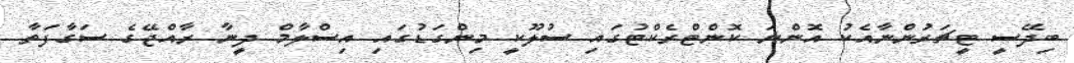
ބިދޭސީ ޓީޗަރުންނާއެކު އޮންނަ ކޮންޓްރެކްޓުގައި ސުލޫކީ މިންގަޑުގައި އިސްލާމް ދީނާ ރާއްޖޭގެ ސަގާފަތާ